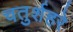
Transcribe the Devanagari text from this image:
चतुर्शहरे